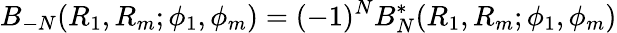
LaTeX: B_{-N}(R_{1},R_{m};\phi_{1},\phi_{m})=(-1)^{N}B_{N}^{\mathrm{*}}(R_{1},R_{m};\phi_{1},\phi_{m})